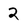
Character: 2